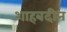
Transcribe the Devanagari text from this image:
शाहबदीन